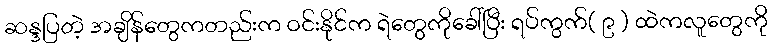
ဆန္ဒပြတဲ့ အချိန်တွေကတည်းက ဝင်းနိုင်က ရဲတွေကိုခေါ်ပြီး ရပ်ကွက်( ၉ ) ထဲကလူတွေကို